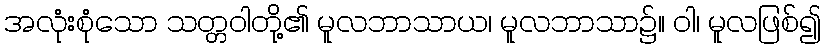
အလုံးစုံသော သတ္တဝါတို့၏ မူလဘာသာယ၊ မူလဘာသာ၌။ ဝါ၊ မူလဖြစ်၍